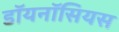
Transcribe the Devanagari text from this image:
डॉयनॉसियस